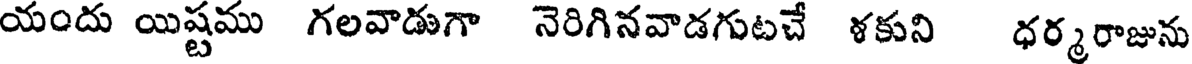
యందు యిష్టము గలవాడుగా నెరిగినవాడగుటచే ళకుని ధర్మరాజును